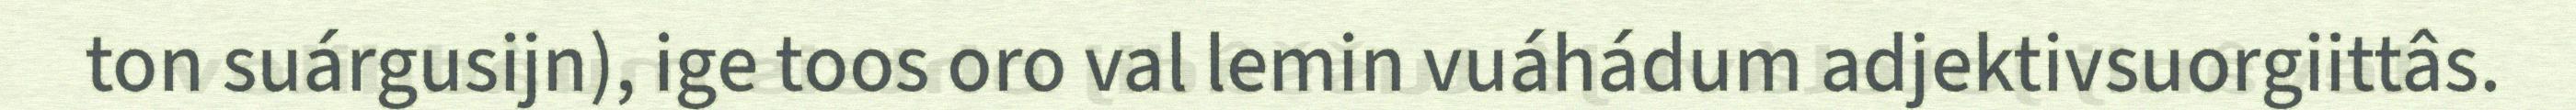
ton suárgusijn), ige toos oro val lemin vuáhádum adjektivsuorgiittâs.